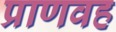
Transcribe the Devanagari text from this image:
प्राणवह